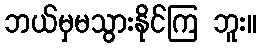
ဘယ်မှမသွားနိုင်ကြ ဘူး။